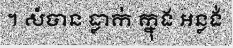
។ សំបាន ធ្លាក់ ក្នុង អន្លង់